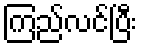
ကြည်လင်ပြီး